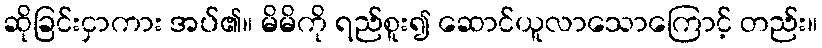
ဆိုခြင်းငှာကား အပ်၏။ မိမိကို ရည်စူး၍ ဆောင်ယူလာသောကြောင့် တည်း။